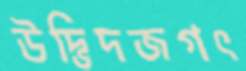
উদ্ভিদজগৎ